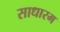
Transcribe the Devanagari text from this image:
साधारम